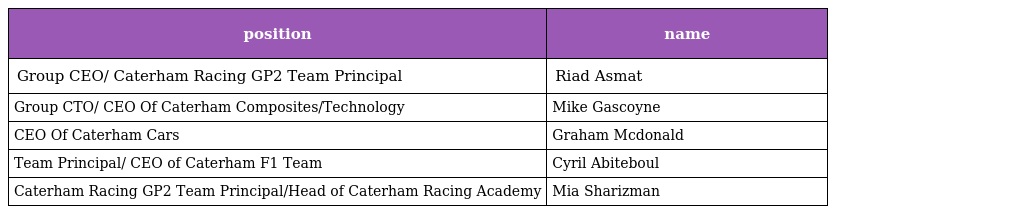
| position | name |
 | --- | --- |
 | Group CEO/ Caterham Racing GP2 Team Principal | Riad Asmat |
 | Group CTO/ CEO Of Caterham Composites/Technology | Mike Gascoyne |
 | CEO Of Caterham Cars | Graham Mcdonald |
 | Team Principal/ CEO of Caterham F1 Team | Cyril Abiteboul |
 | Caterham Racing GP2 Team Principal/Head of Caterham Racing Academy | Mia Sharizman |